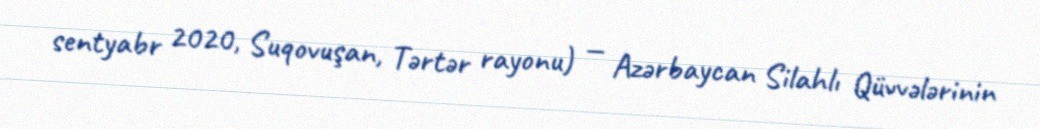
sentyabr 2020, Suqovuşan, Tərtər rayonu) — Azərbaycan Silahlı Qüvvələrinin